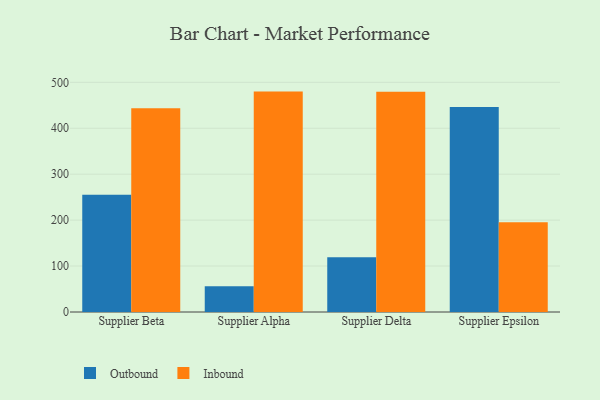
{"axis": {"x": "Supplier", "y": "Latency (ms)"}, "legend": ["Inbound", "Outbound"], "data": [{"x": "Supplier Beta", "y": 255.4, "type": "Outbound"}, {"x": "Supplier Beta", "y": 443.4, "type": "Inbound"}, {"x": "Supplier Alpha", "y": 56.2, "type": "Outbound"}, {"x": "Supplier Alpha", "y": 479.8, "type": "Inbound"}, {"x": "Supplier Delta", "y": 119.2, "type": "Outbound"}, {"x": "Supplier Delta", "y": 479.3, "type": "Inbound"}, {"x": "Supplier Epsilon", "y": 446.4, "type": "Outbound"}, {"x": "Supplier Epsilon", "y": 195.3, "type": "Inbound"}]}